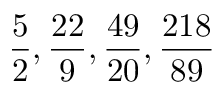
{ \frac { 5 } { 2 } } , { \frac { 2 2 } { 9 } } , { \frac { 4 9 } { 2 0 } } , { \frac { 2 1 8 } { 8 9 } }